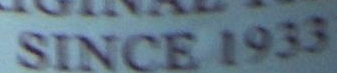
SINCE 1933